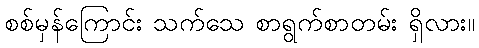
စစ်မှန်ကြောင်း သက်သေ စာရွက်စာတမ်း ရှိလား။